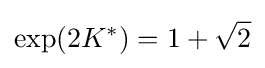
\exp(2K^{*})=1+{\sqrt {2}}